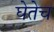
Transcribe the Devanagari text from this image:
घेतेच